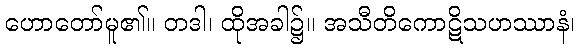
ဟောတော်မူ၏။ တဒါ၊ ထိုအခါ၌။ အသီတိကောဋိသဟဿာနံ၊